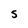
Character: S